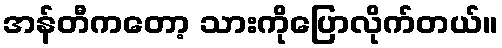
အန်တီကတော့ သားကိုပြောလိုက်တယ်။